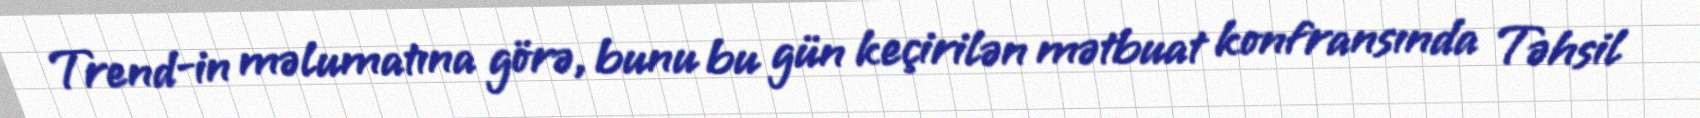
Trend-in məlumatına görə, bunu bu gün keçirilən mətbuat konfransında Təhsil